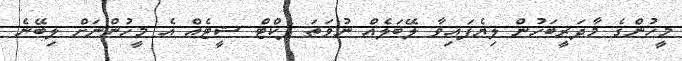
މީހުންގެ މާދަރީބަހުން ލިޔެފައިވާ ލޭބަލެއް ނުވަތަ ފެކްޓް ޝީޓެއް އެ މީހުންނަށް ލިބޭނެ